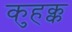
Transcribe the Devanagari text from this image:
कुहक्क